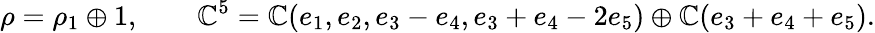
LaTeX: \rho=\rho_{1}\oplus 1,\qquad\mathbb{C}^{5}=\mathbb{C}(e_{1},e_{2},e_{3}-e_{4},e_{3}+e_{4}-2e_{5})\oplus\mathbb{C}(e_{3}+e_{4}+e_{5}).